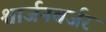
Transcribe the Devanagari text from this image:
श्वार्जनबर्जर